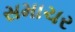
સમાચર